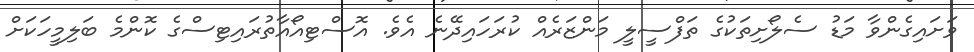
ވަށައިގެންވާ މަޑު ސެލޯށިތަކުގެ ތަފްސީލީ މަންޒަރެއް ކުރަހައިދޭނެ އެވެ. އޮސްޓިއޯއާތުރައިޓިސްގެ ކޮންމެ ބަލިމީހަކަށް